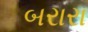
બરારા